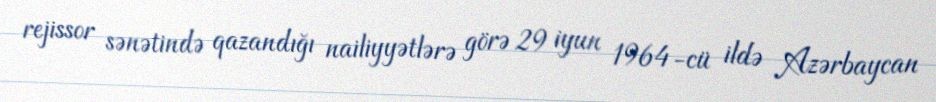
rejissor sənətində qazandığı nailiyyətlərə görə 29 iyun 1964-cü ildə Azərbaycan